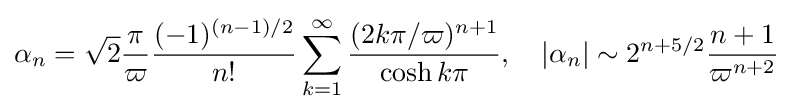
\alpha _{n}={\sqrt {2}}{\frac {\pi }{\varpi }}{\frac {(-1)^{(n-1)/2}}{n!}}\sum _{k=1}^{\infty }{\frac {(2k\pi /\varpi )^{n+1}}{\cosh k\pi }},\quad \left|\alpha _{n}\right|\sim 2^{n+5/2}{\frac {n+1}{\varpi ^{n+2}}}